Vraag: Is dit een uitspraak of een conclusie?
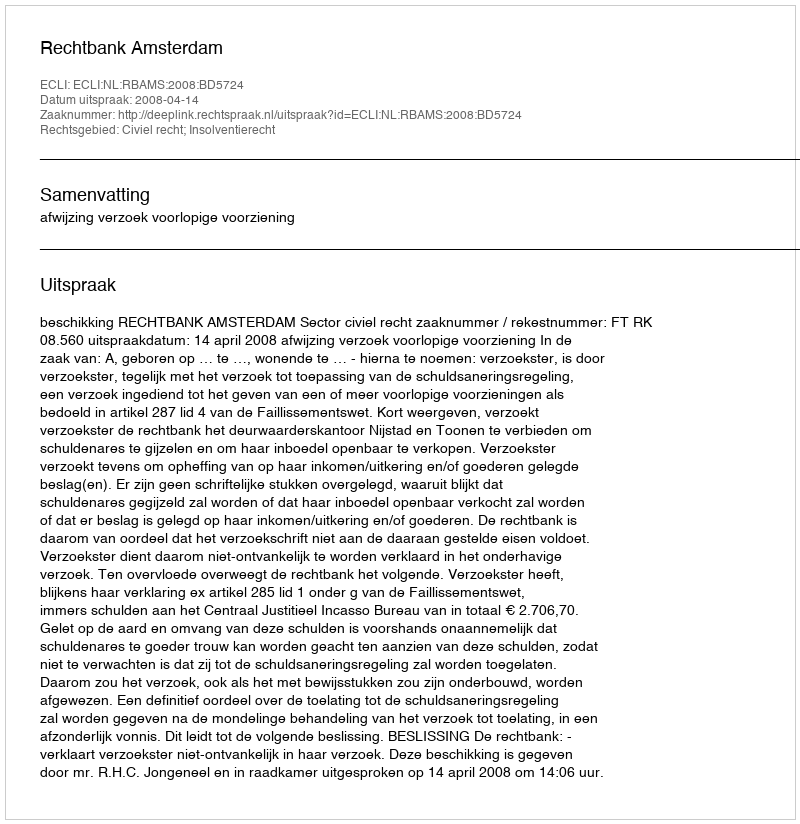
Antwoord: Uitspraak